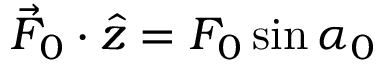
\vec { F } _ { 0 } \cdot \hat { z } = F _ { 0 } \sin \alpha _ { 0 }